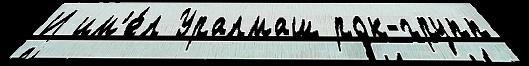
И им'е́л Уралмаш рок-групп